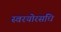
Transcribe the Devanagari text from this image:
स्वरयोरसंधि